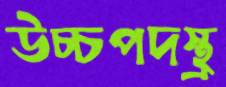
উচ্চপদস্থ্র